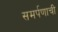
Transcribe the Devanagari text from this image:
समर्पणाची